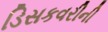
ડિસકવરીની